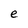
Character: e